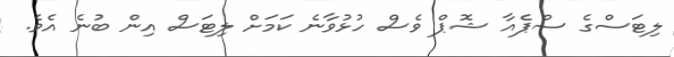
ލިޓަސްގެ ސްޕެއާ ޝޮޕް ވެސް ހުޅުވާނެ ކަމަށް ލިޓަސް އިން ބުނެ އެވެ.